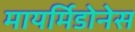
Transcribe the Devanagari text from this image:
मायर्मिडोनेस